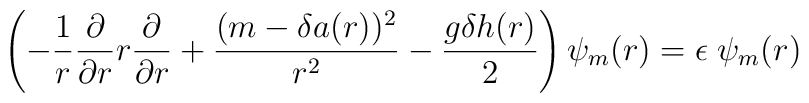
\left(-{1 \over r} {\partial \over{\partial r}} r {\partial \over {\partial r}} +{(m-\delta a(r))^2\over r^2} -{ g \delta h(r)\over 2} \right) \psi_{m}(r) = \epsilon \;\psi _{m}(r)